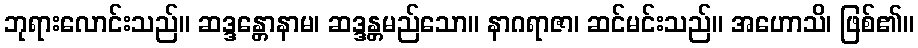
ဘုရားလောင်းသည်။ ဆဒ္ဒန္တောနာမ၊ ဆဒ္ဒန္တမည်သော။ နာဂရာဇာ၊ ဆင်မင်းသည်။ အဟောသိ၊ ဖြစ်၏။